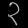
Digit: ၃